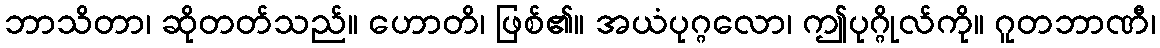
ဘာသိတာ၊ ဆိုတတ်သည်။ ဟောတိ၊ ဖြစ်၏။ အယံပုဂ္ဂလော၊ ဤပုဂ္ဂိုလ်ကို။ ဂူတဘာဏီ၊